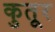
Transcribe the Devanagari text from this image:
कुतूर